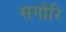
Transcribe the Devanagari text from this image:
सगौरि